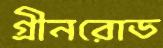
গ্রীনরোড